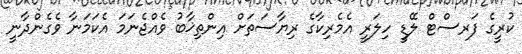
ކުރީގެ ފަރސްޓް ލޭޑީ ހިލަރީ އެމެރިކާގެ ރިޔާސަތަށް އިންތިޚާބު ވެއްޖެނަމަ އެކަމަނާ ވެގެންދާނީ